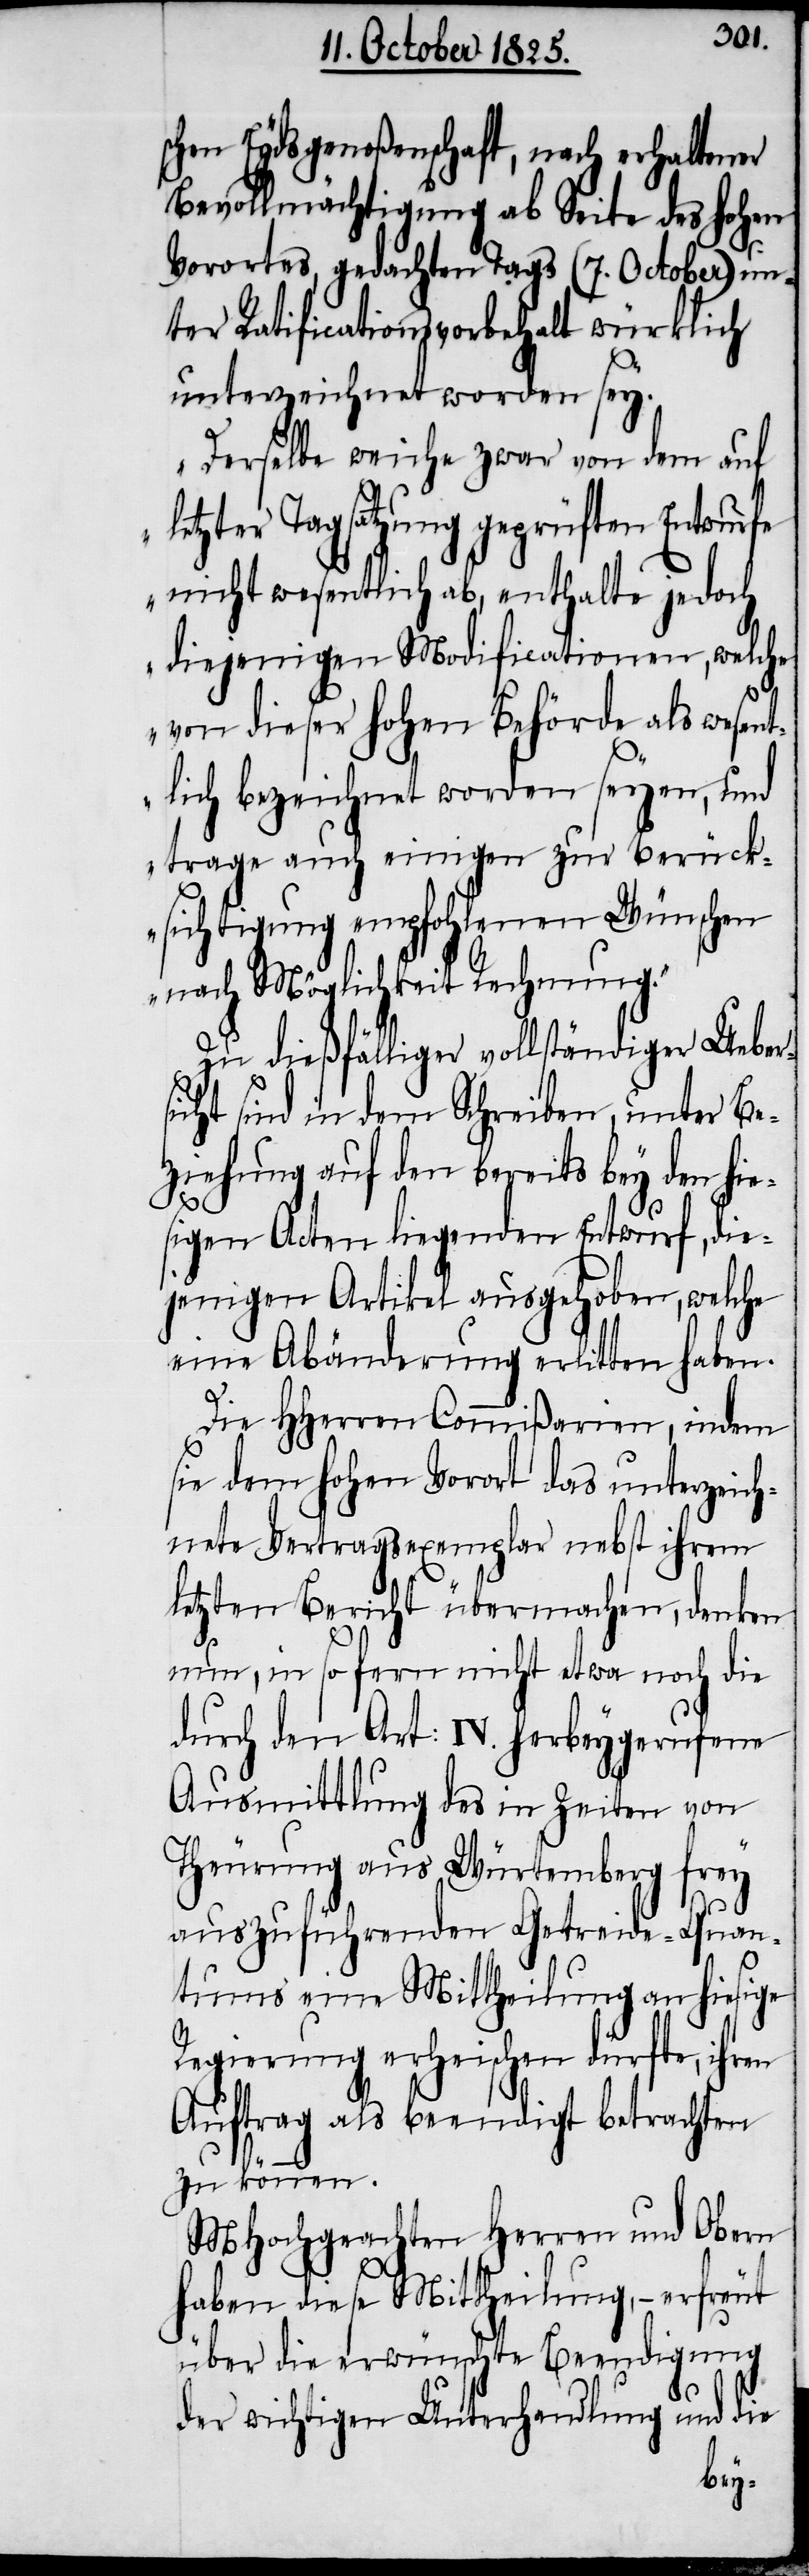
schen Eydsgenoßenschaft, nach erhaltener
Bevollmächtigung ab Seite des hohen
Vorortes, gedachten Tags (7. October) un¬
ter Ratificationsvorbehalt würklich
unterzeichnet worden sey.
„Derselbe weiche zwar von dem auf
letzter Tagsatzung geprüften Entwurfe
nicht wesentlich ab, enthalte jedoch
diejenigen Modificationen, welche
von dieser hohen Behörde als wesent¬
lich bezeichnet worden seyen, und
trage auch einigen zur Berück¬
sichtigung empfohlenen Wünschen
nach Möglichkeit Rechnung“.
Zu dießfälliger vollständiger Ueber¬
sicht sind in dem Schreiben, unter Be¬
ziehung auf den bereits bey den hie¬
sigen Acten liegenden Entwurf, die¬
jenigen Artikel ausgehoben, welche
eine Abänderung erlitten haben.
Die HHerren Commißarien, indem
sie dem hohen Vorort das unterzeich¬
nete Vertragsexemplar nebst ihrem
letzten Bericht übermachen, danken
nun, in so fern nicht etwa noch die
durch den Art: IV. herbeygerufene
Ausmittlung des in Zeiten von
Theurung aus Würtemberg frey
auszuführenden Getreide-Quan¬
tums eine Mittheilung an hiesige
Regierung erheischen dürfte, ihren
Auftrag als beendigt betrachten
zu können.
MHochgeachten Herren und Obern
haben diese Mittheilung, – erfreut
über die erwünschte Beendigung
der wichtigen Unterhandlung und die